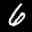
Label: 6